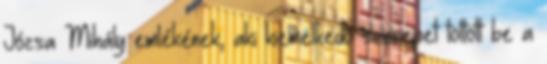
Józsa Mihály emlékének, aki kiemelkedő szerepet töltött be a